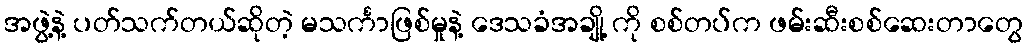
အဖွဲ့နဲ့ ပတ်သက်တယ်ဆိုတဲ့ မသင်္ကာဖြစ်မှုနဲ့ ဒေသခံအချို့ ကို စစ်တပ်က ဖမ်းဆီးစစ်ဆေးတာတွေ